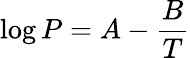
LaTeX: \log P=A-{\frac{B}{T}}